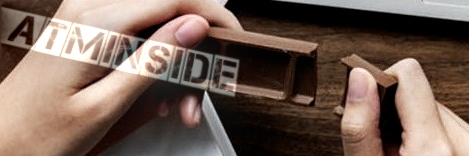
ATMInside